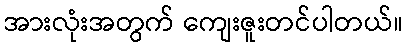
အားလုံးအတွက် ကျေးဇူးတင်ပါတယ်။